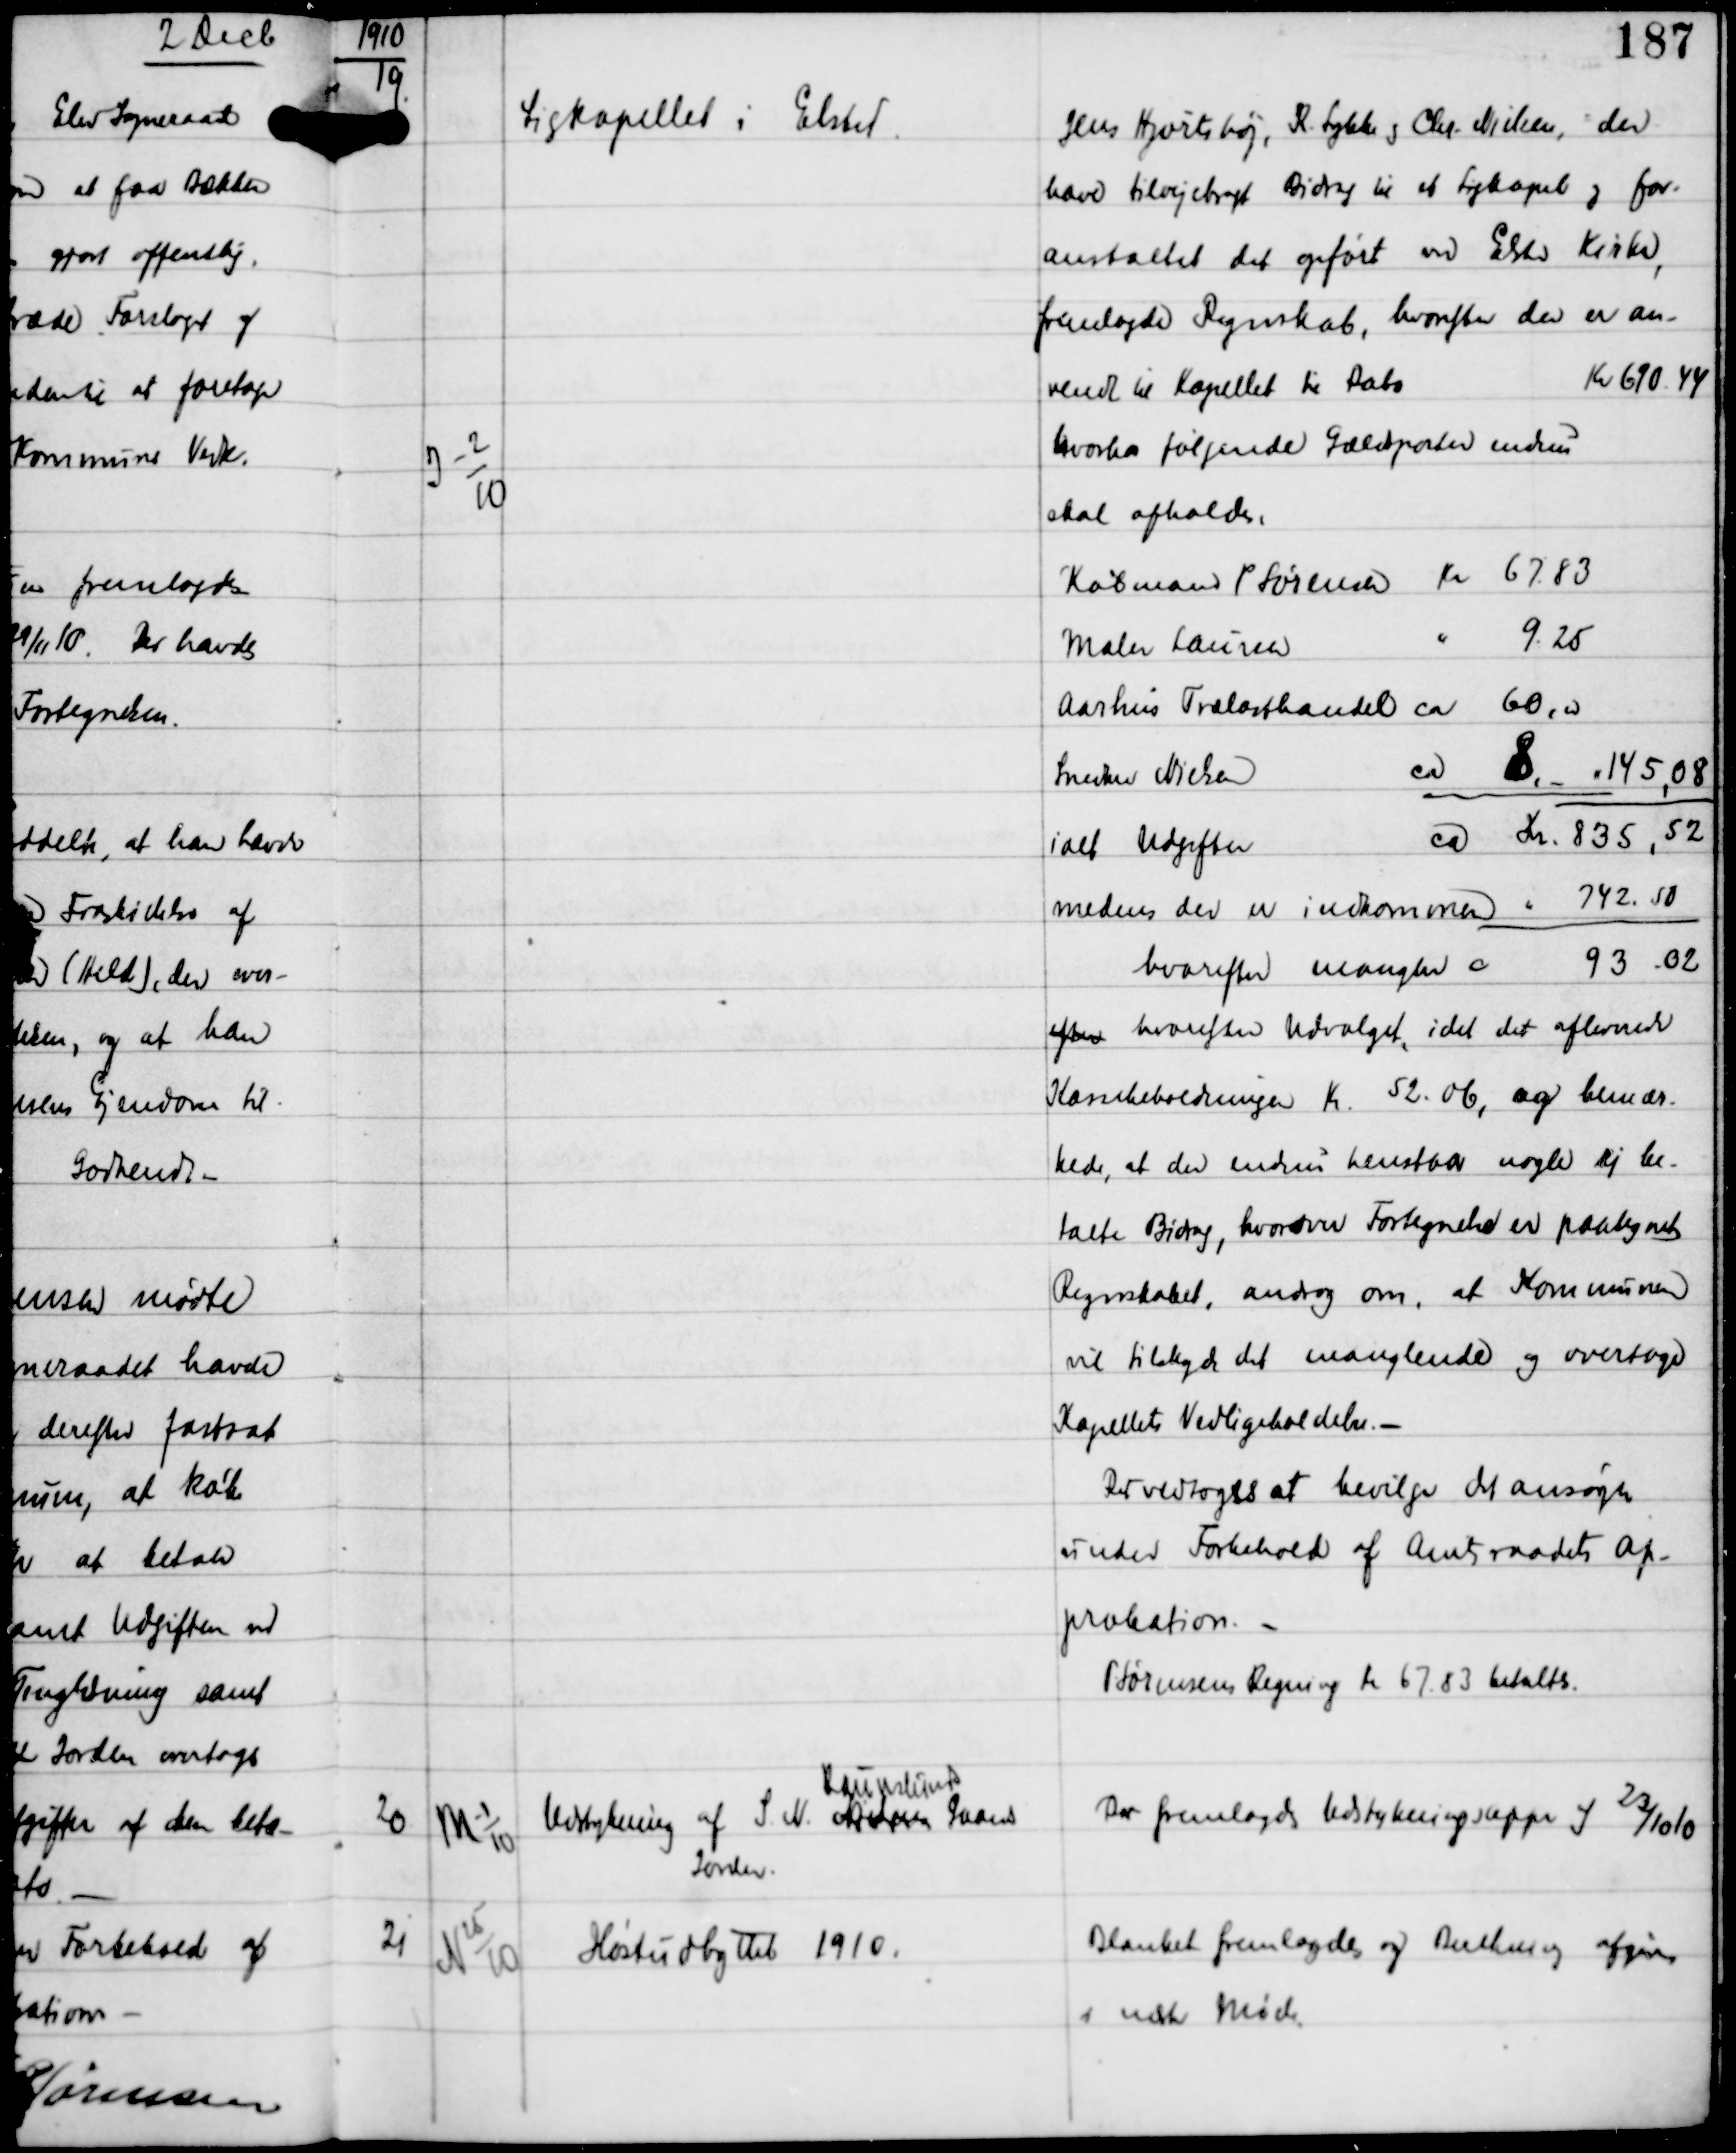
Transskription:
1910

19.

G-2
10

Ligkapellet i Elsted

Jens Hjortshøj, R. Lykke og Chr. Nielsen, der
have tilvejebragt Bidrag til et Ligkapel og for-
anstaltet det opført ved Elsted Kirke,
fremlagde Regnskab, hvorefter der er an-
vendt til Kapellet til Dato
Kr 690.44
hvorhos følgende Gældsposter endnu
skal afholdes:

Købmand P Sørensen Kr 67.83
Maler Laursen " 9.25
Aarhus Trælasthandel ca 60.00
Snedker Nielsen ca 8,- = 145,08
ialt Udgifter ca Kr 835,52
medens der er indkommen " 742.50
hvorefter mangler c 93.02
efter hvorefter Udvalget, idet det afleverede
Kassebeholdningen Kr 52.06, og bemær-
kede, at der endnu henstaar nogle ej be-
talte Bidrag, hvorover Fortegnelse er paaregnet
Regnskabet, andrag om, at Kommunen
vil tilbyde det manglende og overtage
Kapellets Vedligeholdelse, -

Det vedtoges at bevilge det ansøgte
under Forbehold af Amtsraadets Ap-
probation. -
P Sørensens Regning Kr 67.83 betaltes.

20

M 1
10

Udstykning af S N Ander
Raunslunds
Gaards
Jorder

Der fremlagdes Udstykningsappr af 23/10 10

21

N 25
10

Høstudbyttet 1910

Blanket fremlagdes og Beretning afgives
i næste Møde